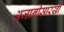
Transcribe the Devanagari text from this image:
अजानीसारखी